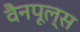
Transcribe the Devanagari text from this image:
वैनपूल्स